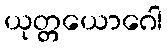
ယုတ္တယောဂေါ